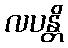
လပန္တိ